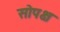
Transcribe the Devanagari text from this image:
सोपक्ष